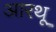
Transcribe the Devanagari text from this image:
आरथू